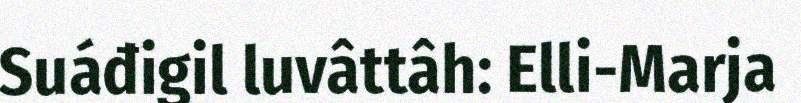
Suáđigil luvâttâh: Elli-Marja